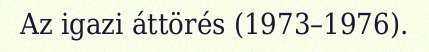
Az igazi áttörés (1973–1976).